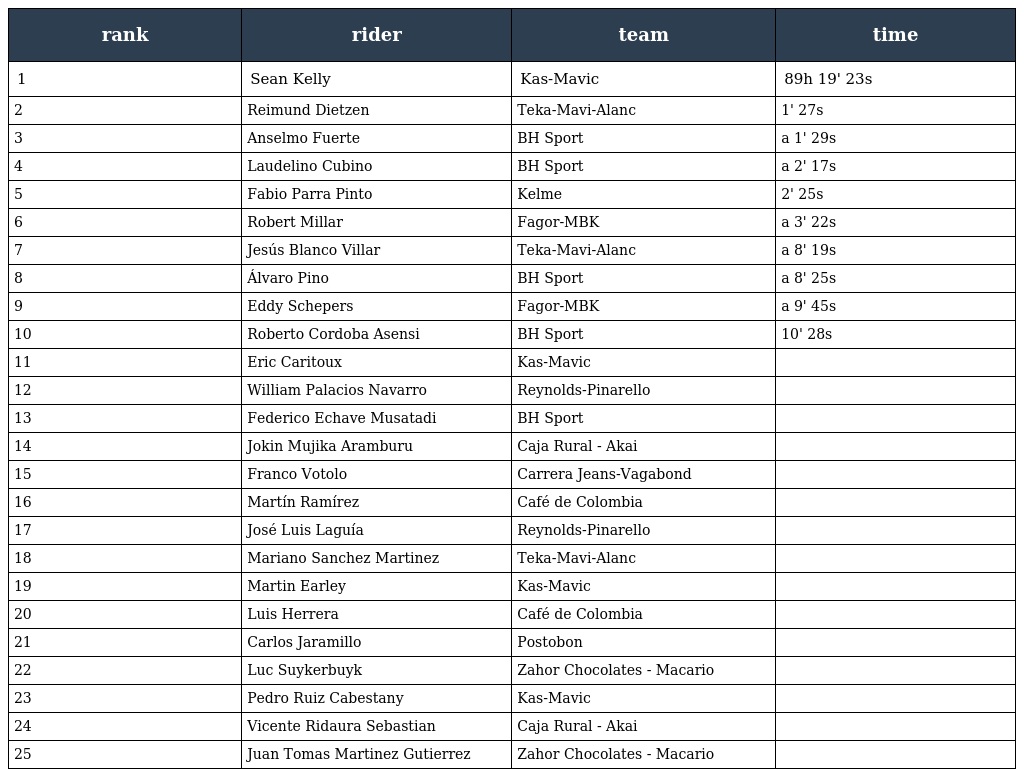
| rank | rider | team | time |
 | --- | --- | --- | --- |
 | 1 | Sean Kelly | Kas-Mavic | 89h 19' 23s |
 | 2 | Reimund Dietzen | Teka-Mavi-Alanc | 1' 27s |
 | 3 | Anselmo Fuerte | BH Sport | a 1' 29s |
 | 4 | Laudelino Cubino | BH Sport | a 2' 17s |
 | 5 | Fabio Parra Pinto | Kelme | 2' 25s |
 | 6 | Robert Millar | Fagor-MBK | a 3' 22s |
 | 7 | Jesús Blanco Villar | Teka-Mavi-Alanc | a 8' 19s |
 | 8 | Álvaro Pino | BH Sport | a 8' 25s |
 | 9 | Eddy Schepers | Fagor-MBK | a 9' 45s |
 | 10 | Roberto Cordoba Asensi | BH Sport | 10' 28s |
 | 11 | Eric Caritoux | Kas-Mavic |  |
 | 12 | William Palacios Navarro | Reynolds-Pinarello |  |
 | 13 | Federico Echave Musatadi | BH Sport |  |
 | 14 | Jokin Mujika Aramburu | Caja Rural - Akai |  |
 | 15 | Franco Votolo | Carrera Jeans-Vagabond |  |
 | 16 | Martín Ramírez | Café de Colombia |  |
 | 17 | José Luis Laguía | Reynolds-Pinarello |  |
 | 18 | Mariano Sanchez Martinez | Teka-Mavi-Alanc |  |
 | 19 | Martin Earley | Kas-Mavic |  |
 | 20 | Luis Herrera | Café de Colombia |  |
 | 21 | Carlos Jaramillo | Postobon |  |
 | 22 | Luc Suykerbuyk | Zahor Chocolates - Macario |  |
 | 23 | Pedro Ruiz Cabestany | Kas-Mavic |  |
 | 24 | Vicente Ridaura Sebastian | Caja Rural - Akai |  |
 | 25 | Juan Tomas Martinez Gutierrez | Zahor Chocolates - Macario |  |